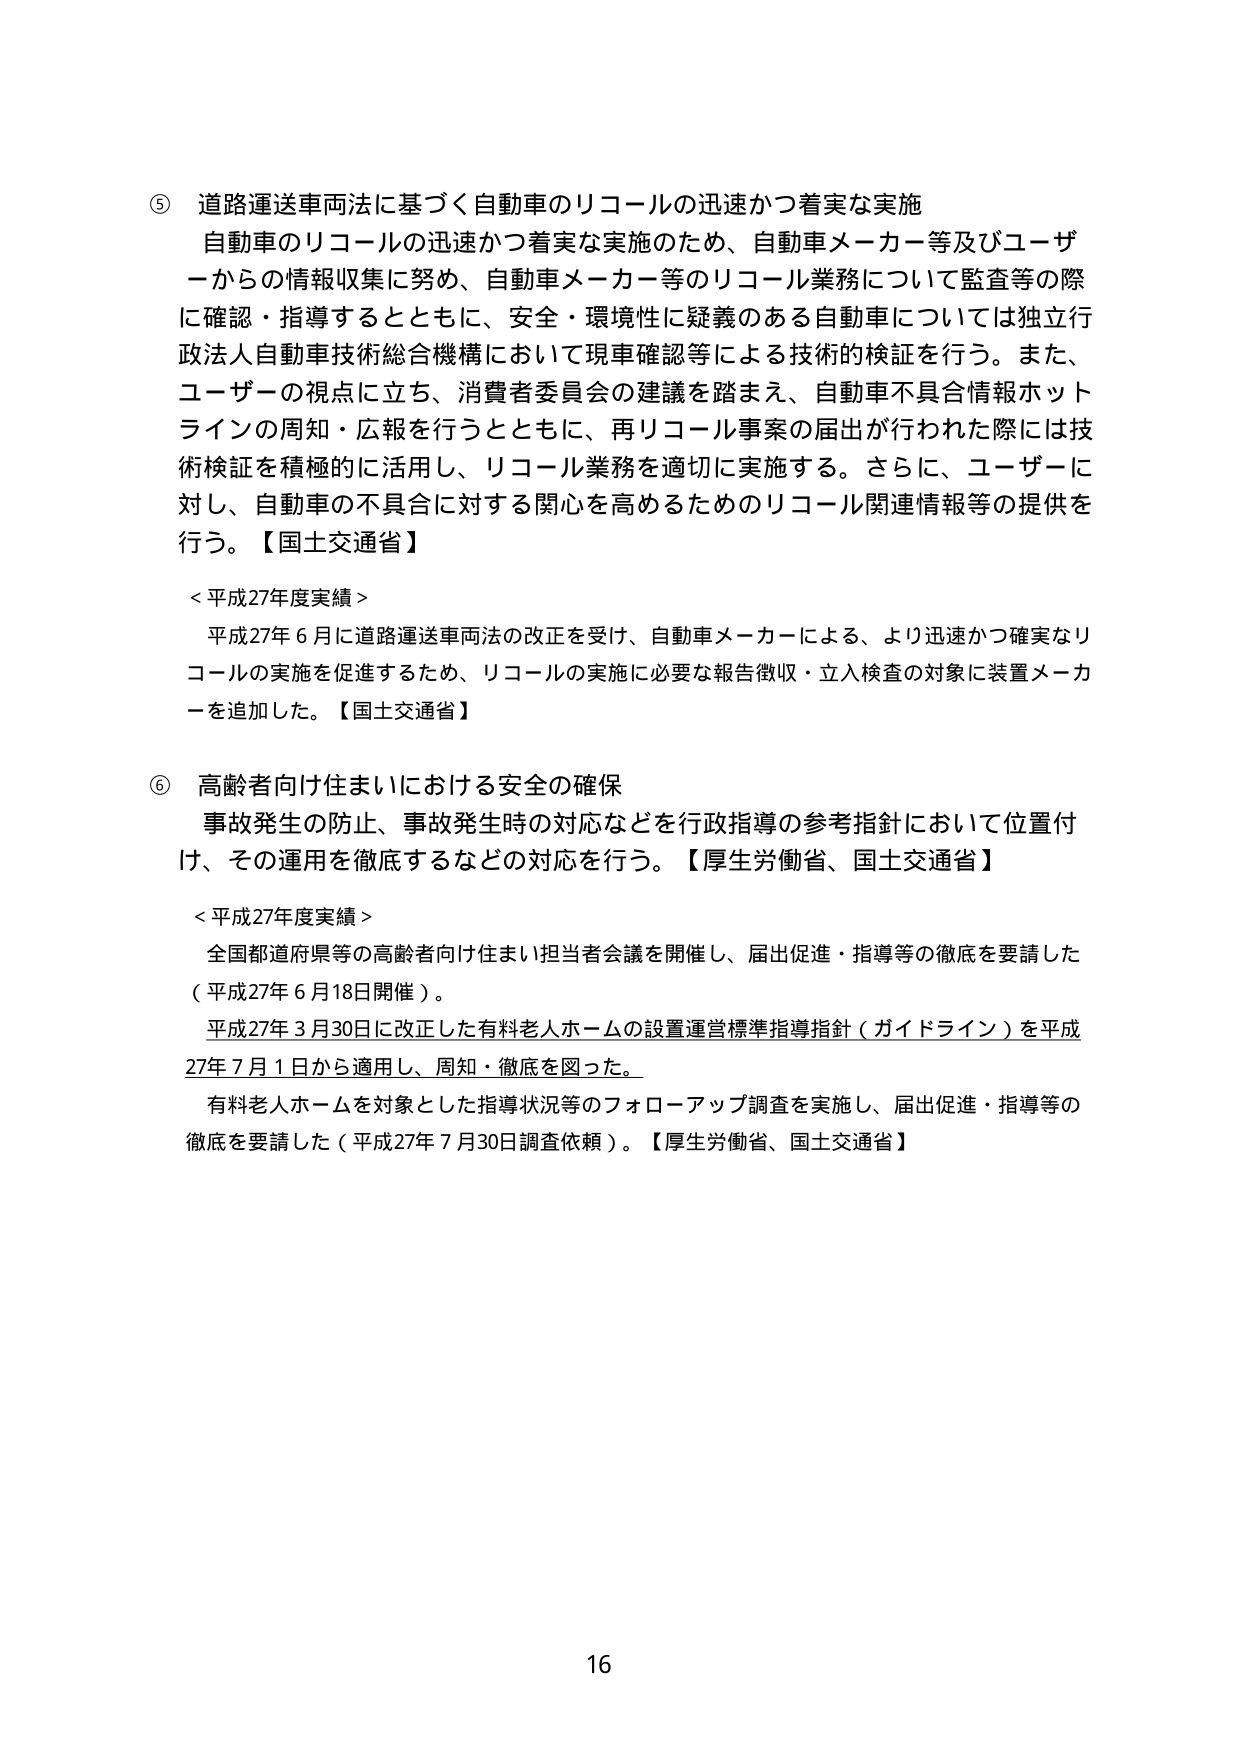
⑤ 道路運送車両法に基づく自動車のリコールの迅速かつ着実な実施
自動車のリコールの迅速かつ着実な実施のため、自動車メーカー等及びユーザーからの情報収集に努め、自動車メーカー等のリコール業務について監査等の際に確認・指導するとともに、安全・環境性に疑義のある自動車については独立行政法人自動車技術総合機構において現車確認等による技術的検証を行う。また、ユーザーの視点に立ち、消費者委員会の建議を踏まえ、自動車不具合情報ホットラインの周知・広報を行うとともに、再リコール事案の届出が行われた際には技術検証を積極的に活用し、リコール業務を適切に実施する。さらに、ユーザーに対し、自動車の不具合に対する関心を高めるためのリコール関連情報等の提供を行う。【国土交通省】

＜平成27年度実績＞
平成27年6月に道路運送車両法の改正を受け、自動車メーカーによる、より迅速かつ確実なリコールの実施を促進するため、リコールの実施に必要な報告徴収・立入検査の対象に装置メーカーを追加した。【国土交通省】

⑥ 高齢者向け住まいにおける安全の確保
事故発生の防止、事故発生時の対応などを行政指導の参考指針において位置付け、その運用を徹底するなどの対応を行う。【厚生労働省、国土交通省】

＜平成27年度実績＞
全国都道府県等の高齢者向け住まい担当者会議を開催し、届出促進・指導等の徹底を要請した（平成27年6月18日開催）。
平成27年3月30日に改正した有料老人ホームの設置運営標準指導指針（ガイドライン）を平成27年7月1日から適用し、周知・徹底を図った。
有料老人ホームを対象とした指導状況等のフォローアップ調査を実施し、届出促進・指導等の徹底を要請した（平成27年7月30日調査依頼）。【厚生労働省、国土交通省】

16